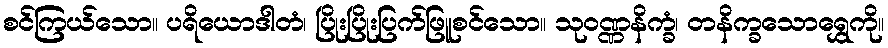
စင်ကြယ်သော။ ပရိယောဒါတံ၊ ပြိုးပြိုးပြက်ဖြူစင်သော။ သုဝဏ္ဏနိက္ခံ၊ တနိက္ခသောရွှေကို။